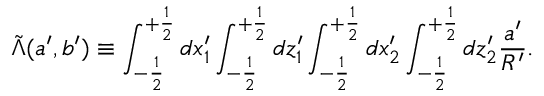
\tilde { \Lambda } ( a ^ { \prime } , b ^ { \prime } ) \equiv \int _ { - \frac { 1 } { 2 } } ^ { + \frac { 1 } { 2 } } d x _ { 1 } ^ { \prime } \int _ { - \frac { 1 } { 2 } } ^ { + \frac { 1 } { 2 } } d z _ { 1 } ^ { \prime } \int _ { - \frac { 1 } { 2 } } ^ { + \frac { 1 } { 2 } } d x _ { 2 } ^ { \prime } \int _ { - \frac { 1 } { 2 } } ^ { + \frac { 1 } { 2 } } d z _ { 2 } ^ { \prime } \frac { a ^ { \prime } } { R ^ { \prime } } .